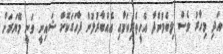
އަދި މިހާރު ވެސް ލިބެމުންދާ އެހީތެރިކަމާއި އެއްބާރުލުން ފާހަގަކޮށް ޝައިނީ ވަނީ މޭޔަރަށް